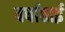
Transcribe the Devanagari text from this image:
वर्षाताई